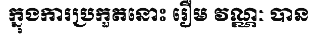
ក្នុងការប្រកួតនោះ រឿម វណ្ណៈ បាន